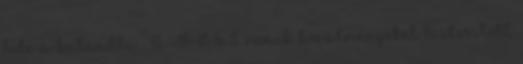
bele a kalandba . A VVSI remek körülményeket biztosított